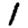
Digit: 1